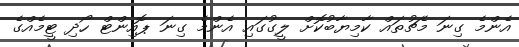
އެންމެ ގިނަ މެޗުތައް ކާމިޔާބުކޮށް ލީގުގައި އެންމެ ގިނަ ޕޮއިންޓް ހޯދި ޓީމެއްގެ